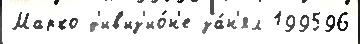
Марко д'ив'из'ио́н'е за́н'ял 199596